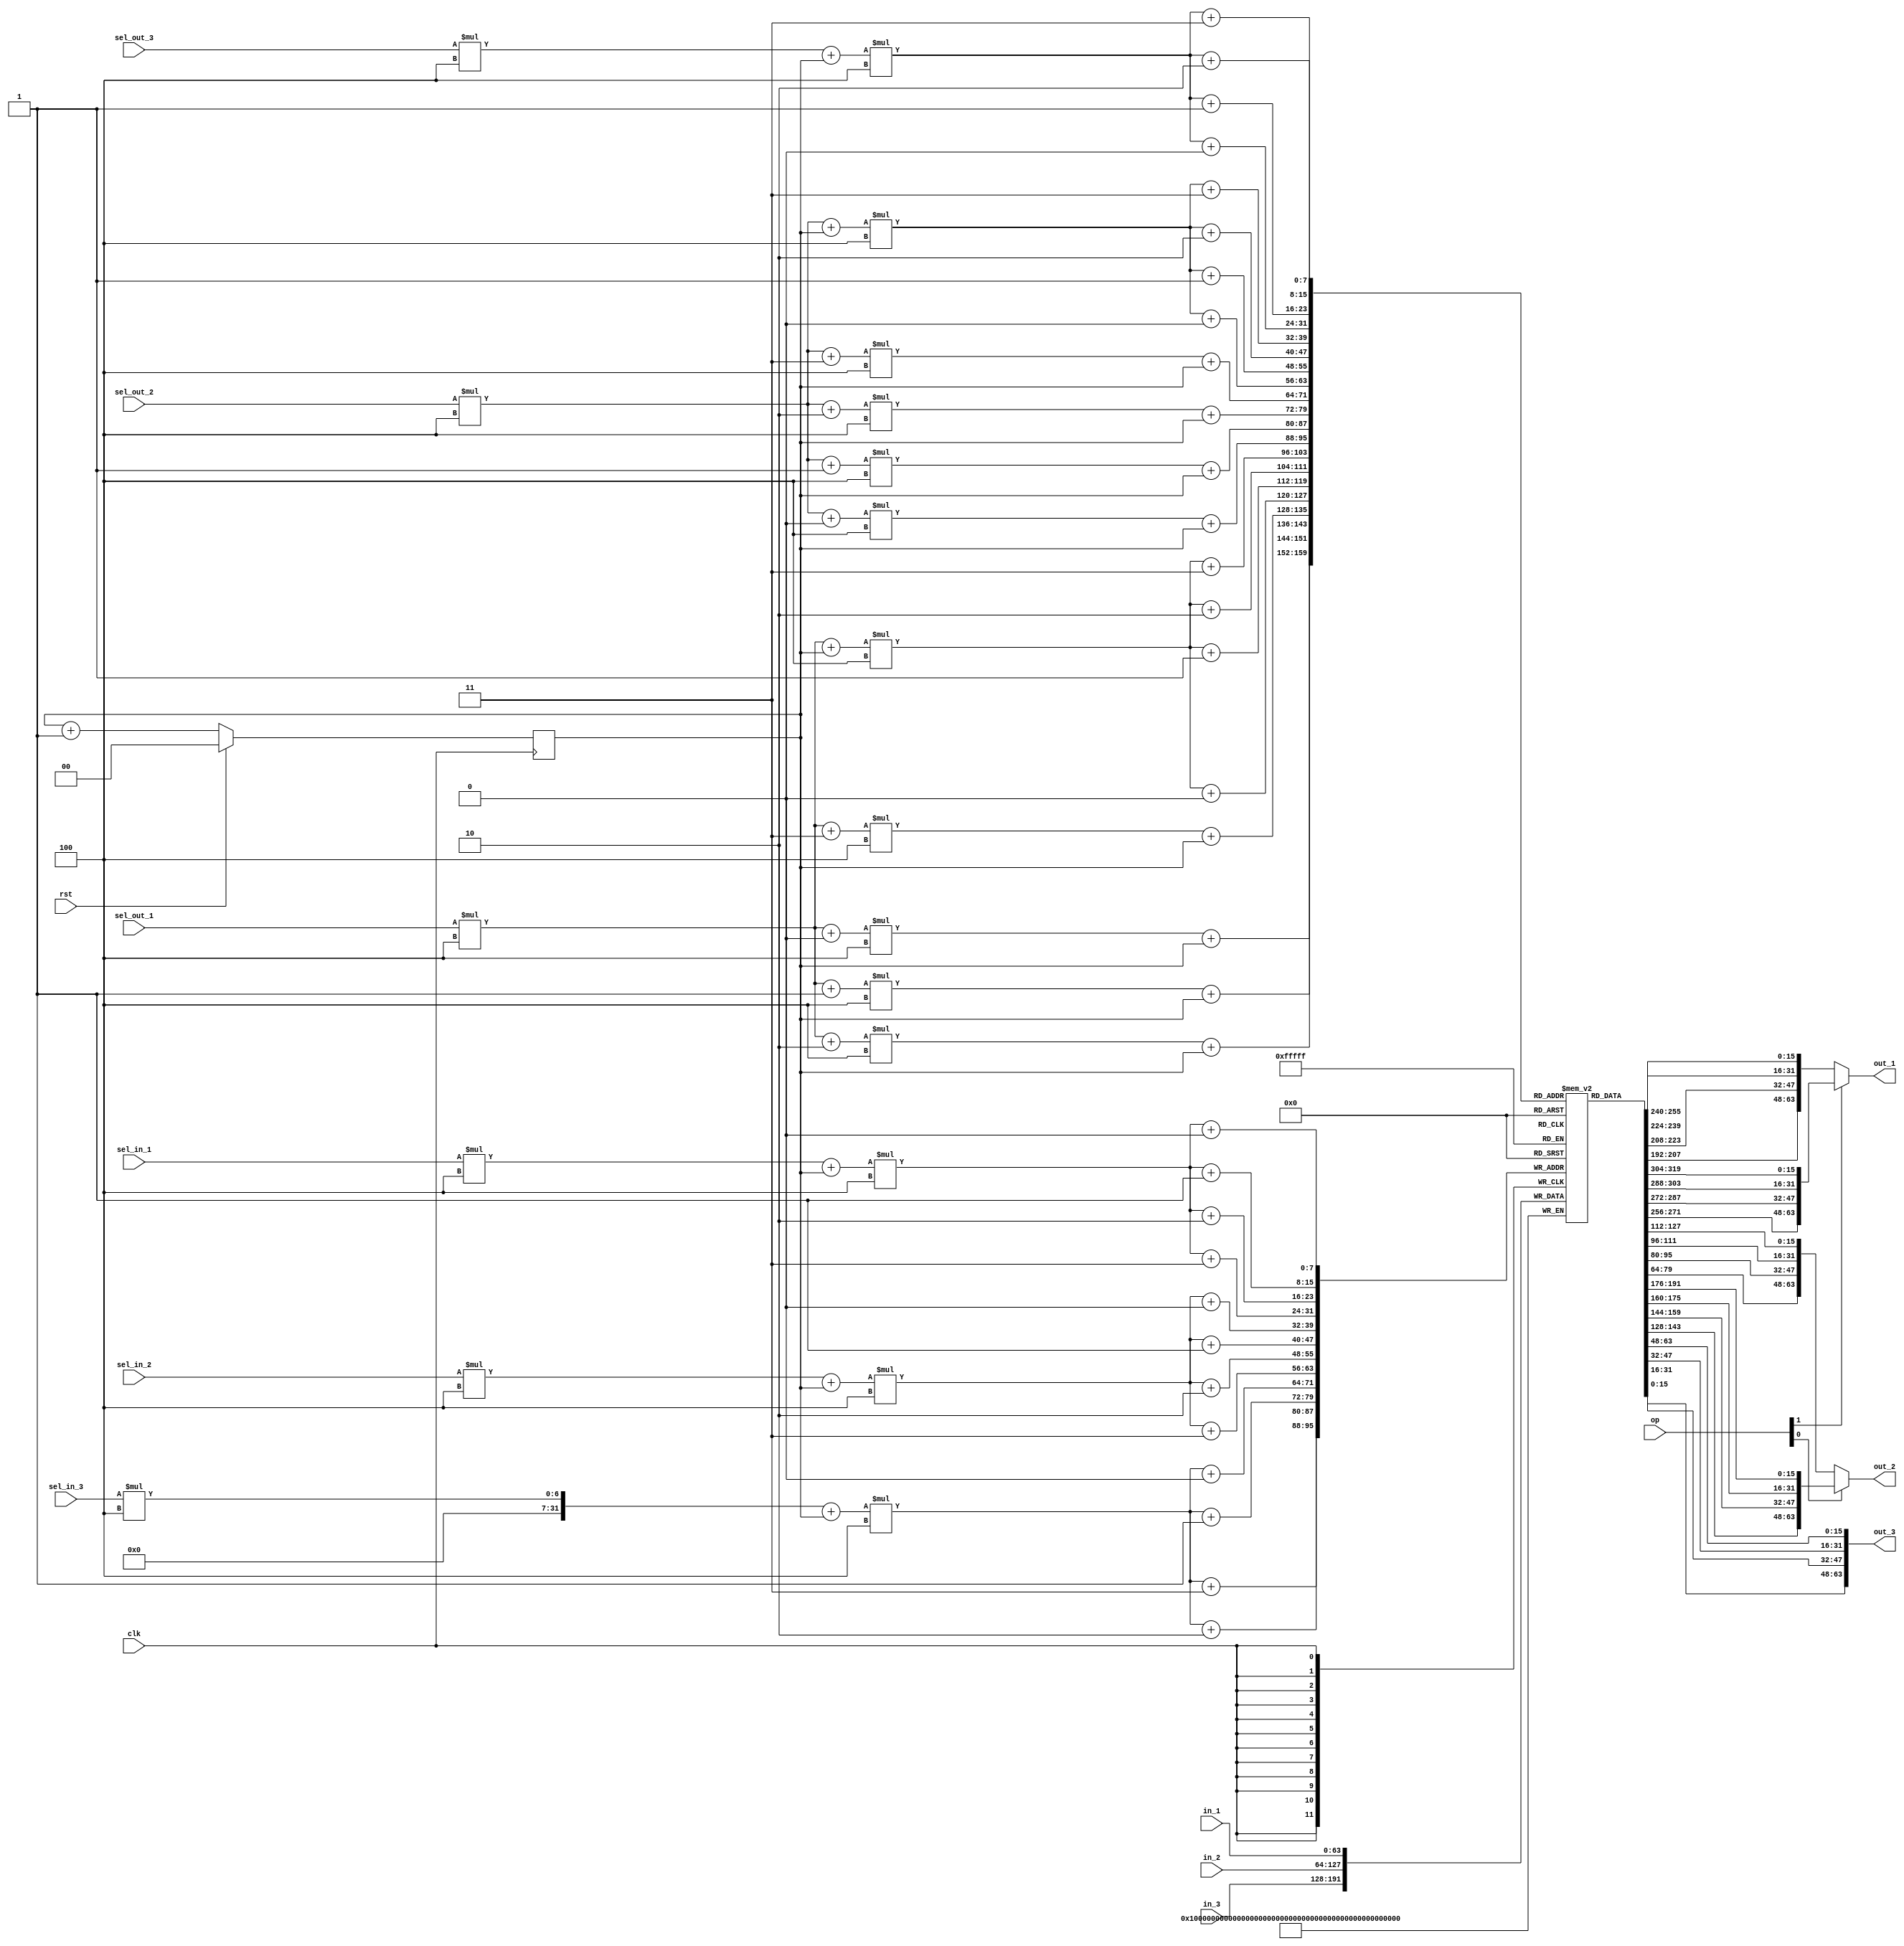
module regfile #(
    parameter N = 4,
    parameter L = 16,
    parameter N_REGS = 16,  // Must be power of 2
    localparam W = N * L    // Bit width of data ports and internal storage
) (
    input clk, rst,
    input [1:0] op,
    input [3:0] sel_in_1, sel_in_2, sel_in_3, sel_out_1, sel_out_2, sel_out_3,
    input [W - 1:0] in_3,
    output [W - 1:0] out_3,
    input [W - 1:0] in_1, in_2,
    output [W - 1:0] out_1, out_2
);

reg [L - 1:0] regs [0:N_REGS - 1][0:N - 1][0:N - 1];
reg [1:0] tick = 0;

always @(posedge clk)
begin
    tick <= rst ? 0 : tick + 1;
    {regs[sel_in_1][tick][3], regs[sel_in_1][tick][2], regs[sel_in_1][tick][1], regs[sel_in_1][tick][0]} <= in_1;
    {regs[sel_in_2][tick][3], regs[sel_in_2][tick][2], regs[sel_in_2][tick][1], regs[sel_in_2][tick][0]} <= in_2;
    {regs[sel_in_3][tick][3], regs[sel_in_3][tick][2], regs[sel_in_3][tick][1], regs[sel_in_3][tick][0]} <= in_3;
end

assign out_1 = op[1] ? {regs[sel_out_1][3][tick], regs[sel_out_1][2][tick], regs[sel_out_1][1][tick], regs[sel_out_1][0][tick]} :
    {regs[sel_out_1][tick][3], regs[sel_out_1][tick][2], regs[sel_out_1][tick][1], regs[sel_out_1][tick][0]};
assign out_2 = op[0] ? {regs[sel_out_2][3][tick], regs[sel_out_2][2][tick], regs[sel_out_2][1][tick], regs[sel_out_2][0][tick]} :
    {regs[sel_out_2][tick][3], regs[sel_out_2][tick][2], regs[sel_out_2][tick][1], regs[sel_out_2][tick][0]};
assign out_3 = {regs[sel_out_3][tick][3], regs[sel_out_3][tick][2], regs[sel_out_3][tick][1], regs[sel_out_3][tick][0]};

endmodule